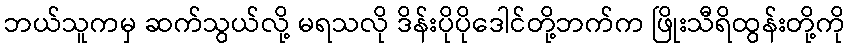
ဘယ်သူကမှ ဆက်သွယ်လို့ မရသလို ဒိန်းပိုပိုဒေါင်တို့ဘက်က ဖြိုးသီရိထွန်းတို့ကို